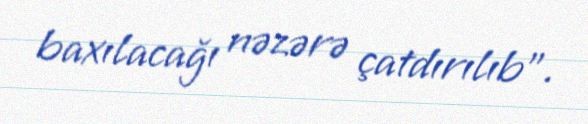
baxılacağı nəzərə çatdırılıb”.